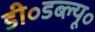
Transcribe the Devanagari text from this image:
डी॰डब्ल्यू॰